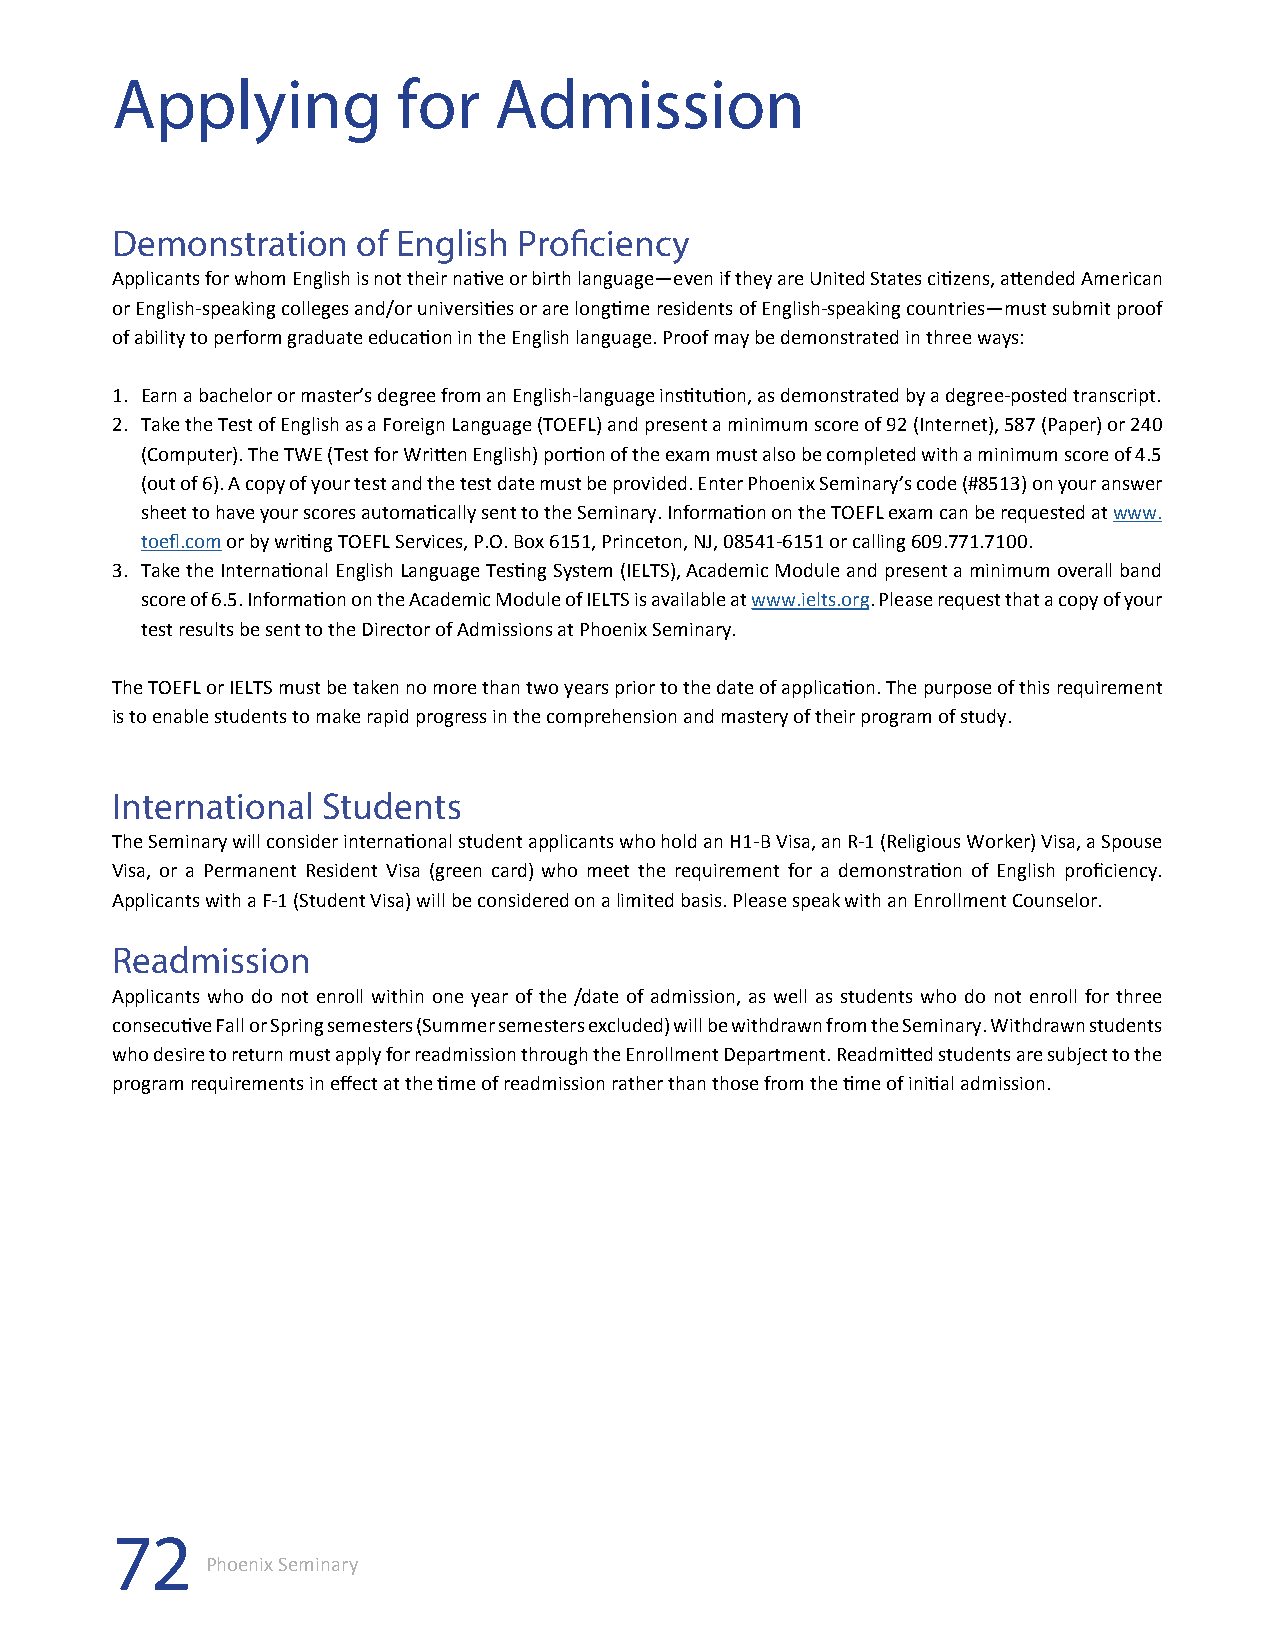
Applying           for    Admission
 Demonstration    of English Proficiency
 Applicants for whom English is not their native or birth language—even if they are United States citizens, attended American
 or English-speaking colleges and/or universities or are longtime residents of English-speaking countries—must submit proof
 of ability to perform graduate education in the English language. Proof may be demonstrated in three ways:
 1. Earn a bachelor or master’s degree from an English-language institution, as demonstrated by a degree-posted transcript.
 2. Take the Test of English as a Foreign Language (TOEFL) and present a minimum score of 92 (Internet), 587 (Paper) or 240
 (Computer). The TWE (Test for Written English) portion of the exam must also be completed with a minimum score of 4.5
 (out of 6). A copy of your test and the test date must be provided. Enter Phoenix Seminary’s code (#8513) on your answer
 sheet to have your scores automatically sent to the Seminary. Information on the TOEFL exam can be requested at www.
 toefl.com or by writing TOEFL Services, P.O. Box 6151, Princeton, NJ, 08541-6151 or calling 609.771.7100.
 3. Take the International English Language Testing System (IELTS), Academic Module and present a minimum overall band
 score of 6.5. Information on the Academic Module of IELTS is available at www.ielts.org. Please request that a copy of your
 test results be sent to the Director of Admissions at Phoenix Seminary.
 The TOEFL or IELTS must be taken no more than two years prior to the date of application. The purpose of this requirement
 is to enable students to make rapid progress in the comprehension and mastery of their program of study.
 International Students
 The Seminary will consider international student applicants who hold an H1-B Visa, an R-1 (Religious Worker) Visa, a Spouse
 Visa, or a Permanent Resident Visa (green card) who meet the requirement for a demonstration of English proficiency.
 Applicants with a F-1 (Student Visa) will be considered on a limited basis. Please speak with an Enrollment Counselor.
 Readmission
 Applicants who do not enroll within one year of the /date of admission, as well as students who do not enroll for three
 consecutive Fall or Spring semesters (Summer semesters excluded) will be withdrawn from the Seminary. Withdrawn students
 who desire to return must apply for readmission through the Enrollment Department. Readmitted students are subject to the
 program requirements in effect at the time of readmission rather than those from the time of initial admission.
 72
 Phoenix Seminary